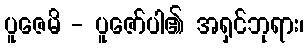
ပူဇေမိ - ပူဇော်ပါ၏ အရှင်ဘုရား၊